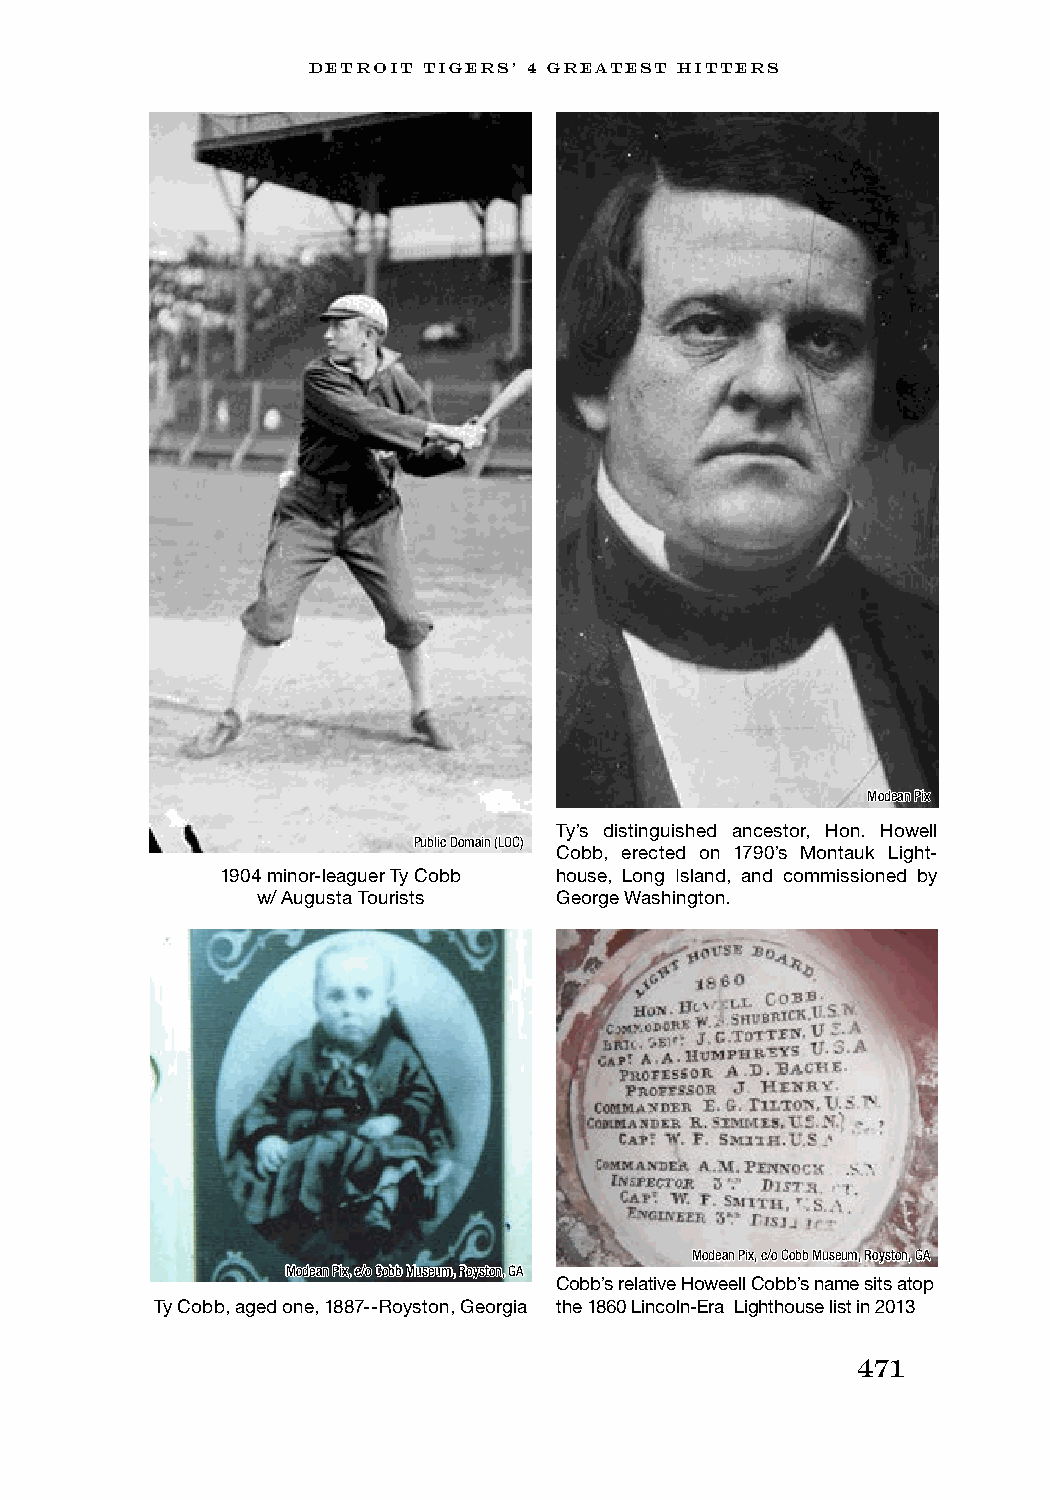
DETROIT TIGERS’ 4 GREATEST HITTERS
 Modean Pix
 Ty’s distinguished ancestor, Hon. Howell
 Public Domain (LOC)
 Cobb, erected on 1790’s Montauk Light-
 1904 minor-leaguer Ty Cobb house, Long Island, and commissioned by
 w/ Augusta Tourists George Washington.
 Modean Pix, c/o Cobb Museum, Royston, GA
 Modean Pix, c/o Cobb Museum, Royston, GA
 Cobb’s relative Howeell Cobb’s name sits atop
 Ty Cobb, aged one, 1887--Royston, Georgia the 1860 Lincoln-Era Lighthouse list in 2013
 471